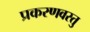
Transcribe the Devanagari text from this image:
प्रकरणवस्तु